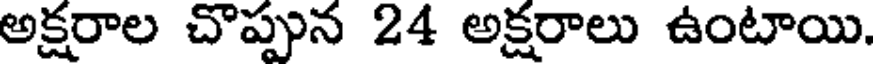
అక్షరాల చొప్పున 24 అక్షరాలు ఉంటాయి.